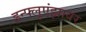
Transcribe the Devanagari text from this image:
इन्फ्लुएंझावर